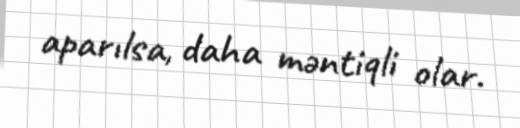
aparılsa, daha məntiqli olar.